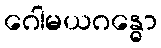
ဂေါမယဂန္ဓော